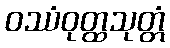
ဝဿံဝုတ္ထသုတ္တံ